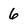
Character: 6